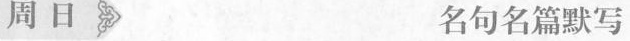
周日 名句名篇默写